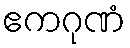
ဧကဂုဏံ